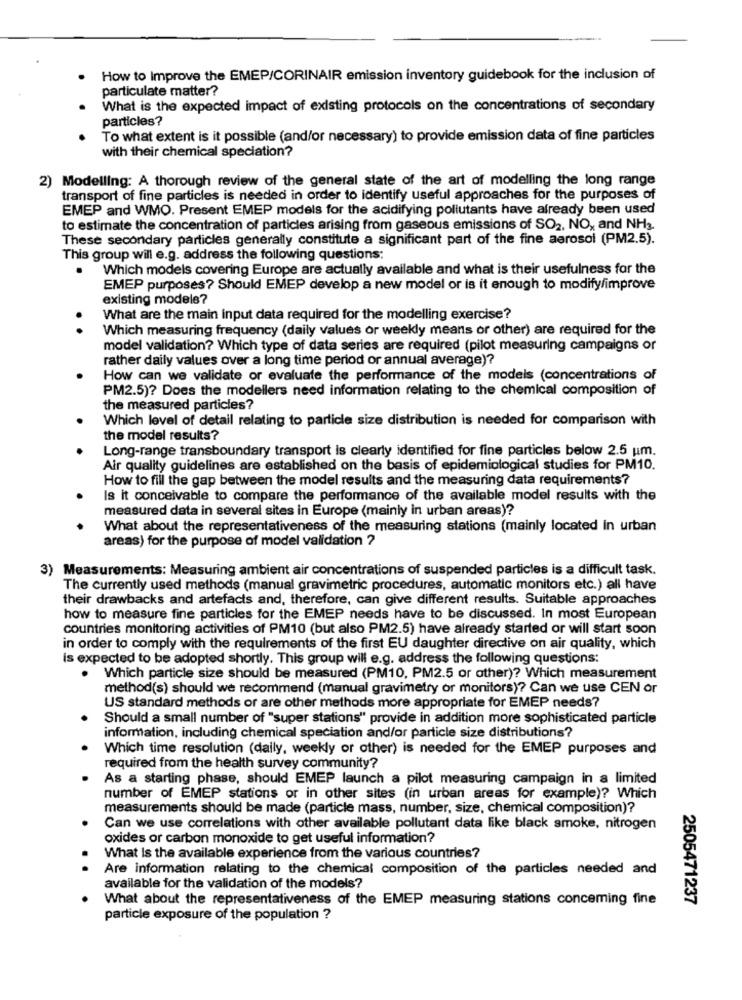
How to Improve the EMEP/CORINAIR emission inventory guidebook for the inclusion of
particulate matter?
What is the expected impact of existing protocols on the concentrations of secondary
particles?
To what extent is it possible (and/or necessary) to provide emission data of fine particles
with their chemical speciation?
2) Modelling: A thorough review of the general state of the art of modelling the long range
transport of fine particles is needed in order to identify useful approaches for the purposes of
EMEP and WMO. Present EMEP models for the acidifying pollutants have already been used
to estimate the concentration of particles arising from gaseous emissions of SO2, NO, and NH3.
These secondary particles generally constitute a significant part of the fine aerosol (PM2.5).
This group will e.g. address the following questions:
Which models covering Europe are actually available and what is their usefulness for the
EMEP purposes? Should EMEP develop a new model or is it enough to modify/improve
existing models?
What are the main input data required for the modelling exercise?
.
Which measuring frequency (daily values or weekly means or other) are required for the
model validation? Which type of data series are required (pilot measuring campaigns or
rather daily values over a long time period or annual average)?
How can we validate or evaluate the performance of the models (concentrations of
PM2.5)? Does the modellers need information relating to the chemical composition of
the measured particles?
Which level of detail relating to particle size distribution is needed for comparison with
the model results?
Long-range transboundary transport is clearly identified for fine particles below 2.5 um.
Air quality guidelines are established on the basis of epidemiological studies for PM10.
How to fill the gap between the model results and the measuring data requirements?
Is it conceivable to compare the performance of the available model results with the
measured data in several sites in Europe (mainly in urban areas)?
What about the representativeness of the measuring stations (mainly located In urban
areas) for the purpose of model validation ?
3) Measurements: Measuring ambient air concentrations of suspended particles is a difficult task.
The currently used methods (manual gravimetric procedures, automatic monitors etc.) all have
their drawbacks and artefacts and, therefore, can give different results. Suitable approaches
how to measure fine particles for the EMEP needs have to be discussed. In most European
countries monitoring activities of PM10 (but also PM2.5) have already started or will start soon
in order to comply with the requirements of the first EU daughter directive on air quality, which
is expected to be adopted shortly. This group will e.g. address the following questions:
Which particle size should be measured (PM10, PM2.5 or other)? Which measurement
method(s) should we recommend (manual gravimetry or monitors)? Can we use CEN or
US standard methods or are other methods more appropriate for EMEP needs?
Should a small number of "super stations" provide in addition more sophisticated particle
information, including chemical speciation and/or particle size distributions?
Which time resolution (daily, weekly or other) is needed for the EMEP purposes and
required from the health survey community?
As a starting phase, should EMEP launch a pilot measuring campaign in a limited
number of EMEP stations or in other sites (in urban areas for example)? Which
measurements should be made (particle mass, number, size, chemical composition)?
Can we use correlations with other available pollutant data like black smoke, nitrogen
oxides or carbon monoxide to get useful information?
What Is the available experience from the various countries?
Are information relating to the chemical composition of the particles needed and
available for the validation of the models?
What about the representativeness of the EMEP measuring stations conceming fine
2505471237
particle exposure of the population ?